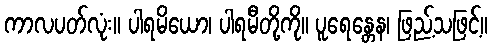
ကာလပတ်လုံး။ ပါရမိယော၊ ပါရမီတို့ကို။ ပူရေန္တေန၊ ဖြည့်သဖြင့်။